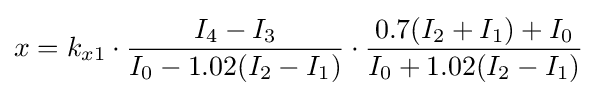
x=k_{x1}\cdot {\frac {I_{4}-I_{3}}{I_{0}-1.02(I_{2}-I_{1})}}\cdot {\frac {0.7(I_{2}+I_{1})+I_{0}}{I_{0}+1.02(I_{2}-I_{1})}}